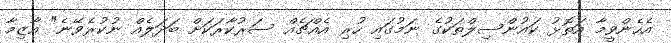
އެހެންވީމާ އަތޮޅު ކައުންސިލްތަކުގެ ނަމުގައި ހުރި އެއްޗެއް ސަރުކާރަކަށް ބަދަލެއް ނުކުރެވޭނެ" އާޒިމާ